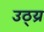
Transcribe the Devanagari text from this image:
उठ्य्र